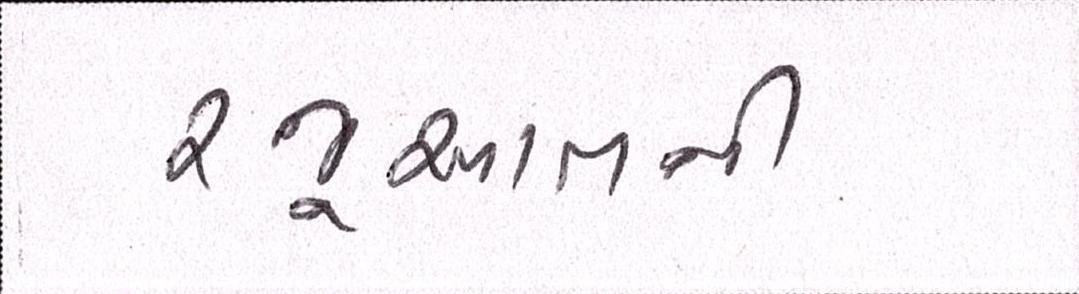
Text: રજૂઆતની